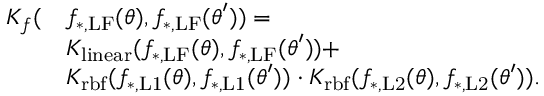
\begin{array} { r l } { K _ { f } ( } & { f _ { \mathrm { * , L F } } ( \boldsymbol { \theta } ) , f _ { \mathrm { * , L F } } ( \boldsymbol { \theta } ^ { \prime } ) ) = } \\ & { K _ { \mathrm { l i n e a r } } ( f _ { \mathrm { * , L F } } ( \boldsymbol { \theta } ) , f _ { \mathrm { * , L F } } ( \boldsymbol { \theta } ^ { \prime } ) ) + } \\ & { K _ { \mathrm { r b f } } ( f _ { \mathrm { * , L 1 } } ( \boldsymbol { \theta } ) , f _ { \mathrm { * , L 1 } } ( \boldsymbol { \theta } ^ { \prime } ) ) \cdot K _ { \mathrm { r b f } } ( f _ { \mathrm { * , L 2 } } ( \boldsymbol { \theta } ) , f _ { \mathrm { * , L 2 } } ( \boldsymbol { \theta } ^ { \prime } ) ) . } \end{array}